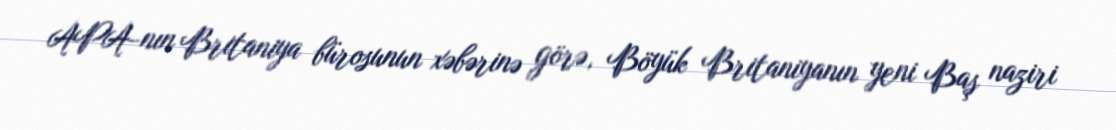
APA-nın Britaniya bürosunun xəbərinə görə, Böyük Britaniyanın yeni Baş naziri